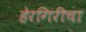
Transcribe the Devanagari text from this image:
हेरगिरीचा